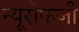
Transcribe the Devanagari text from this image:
न्यूरोफजी